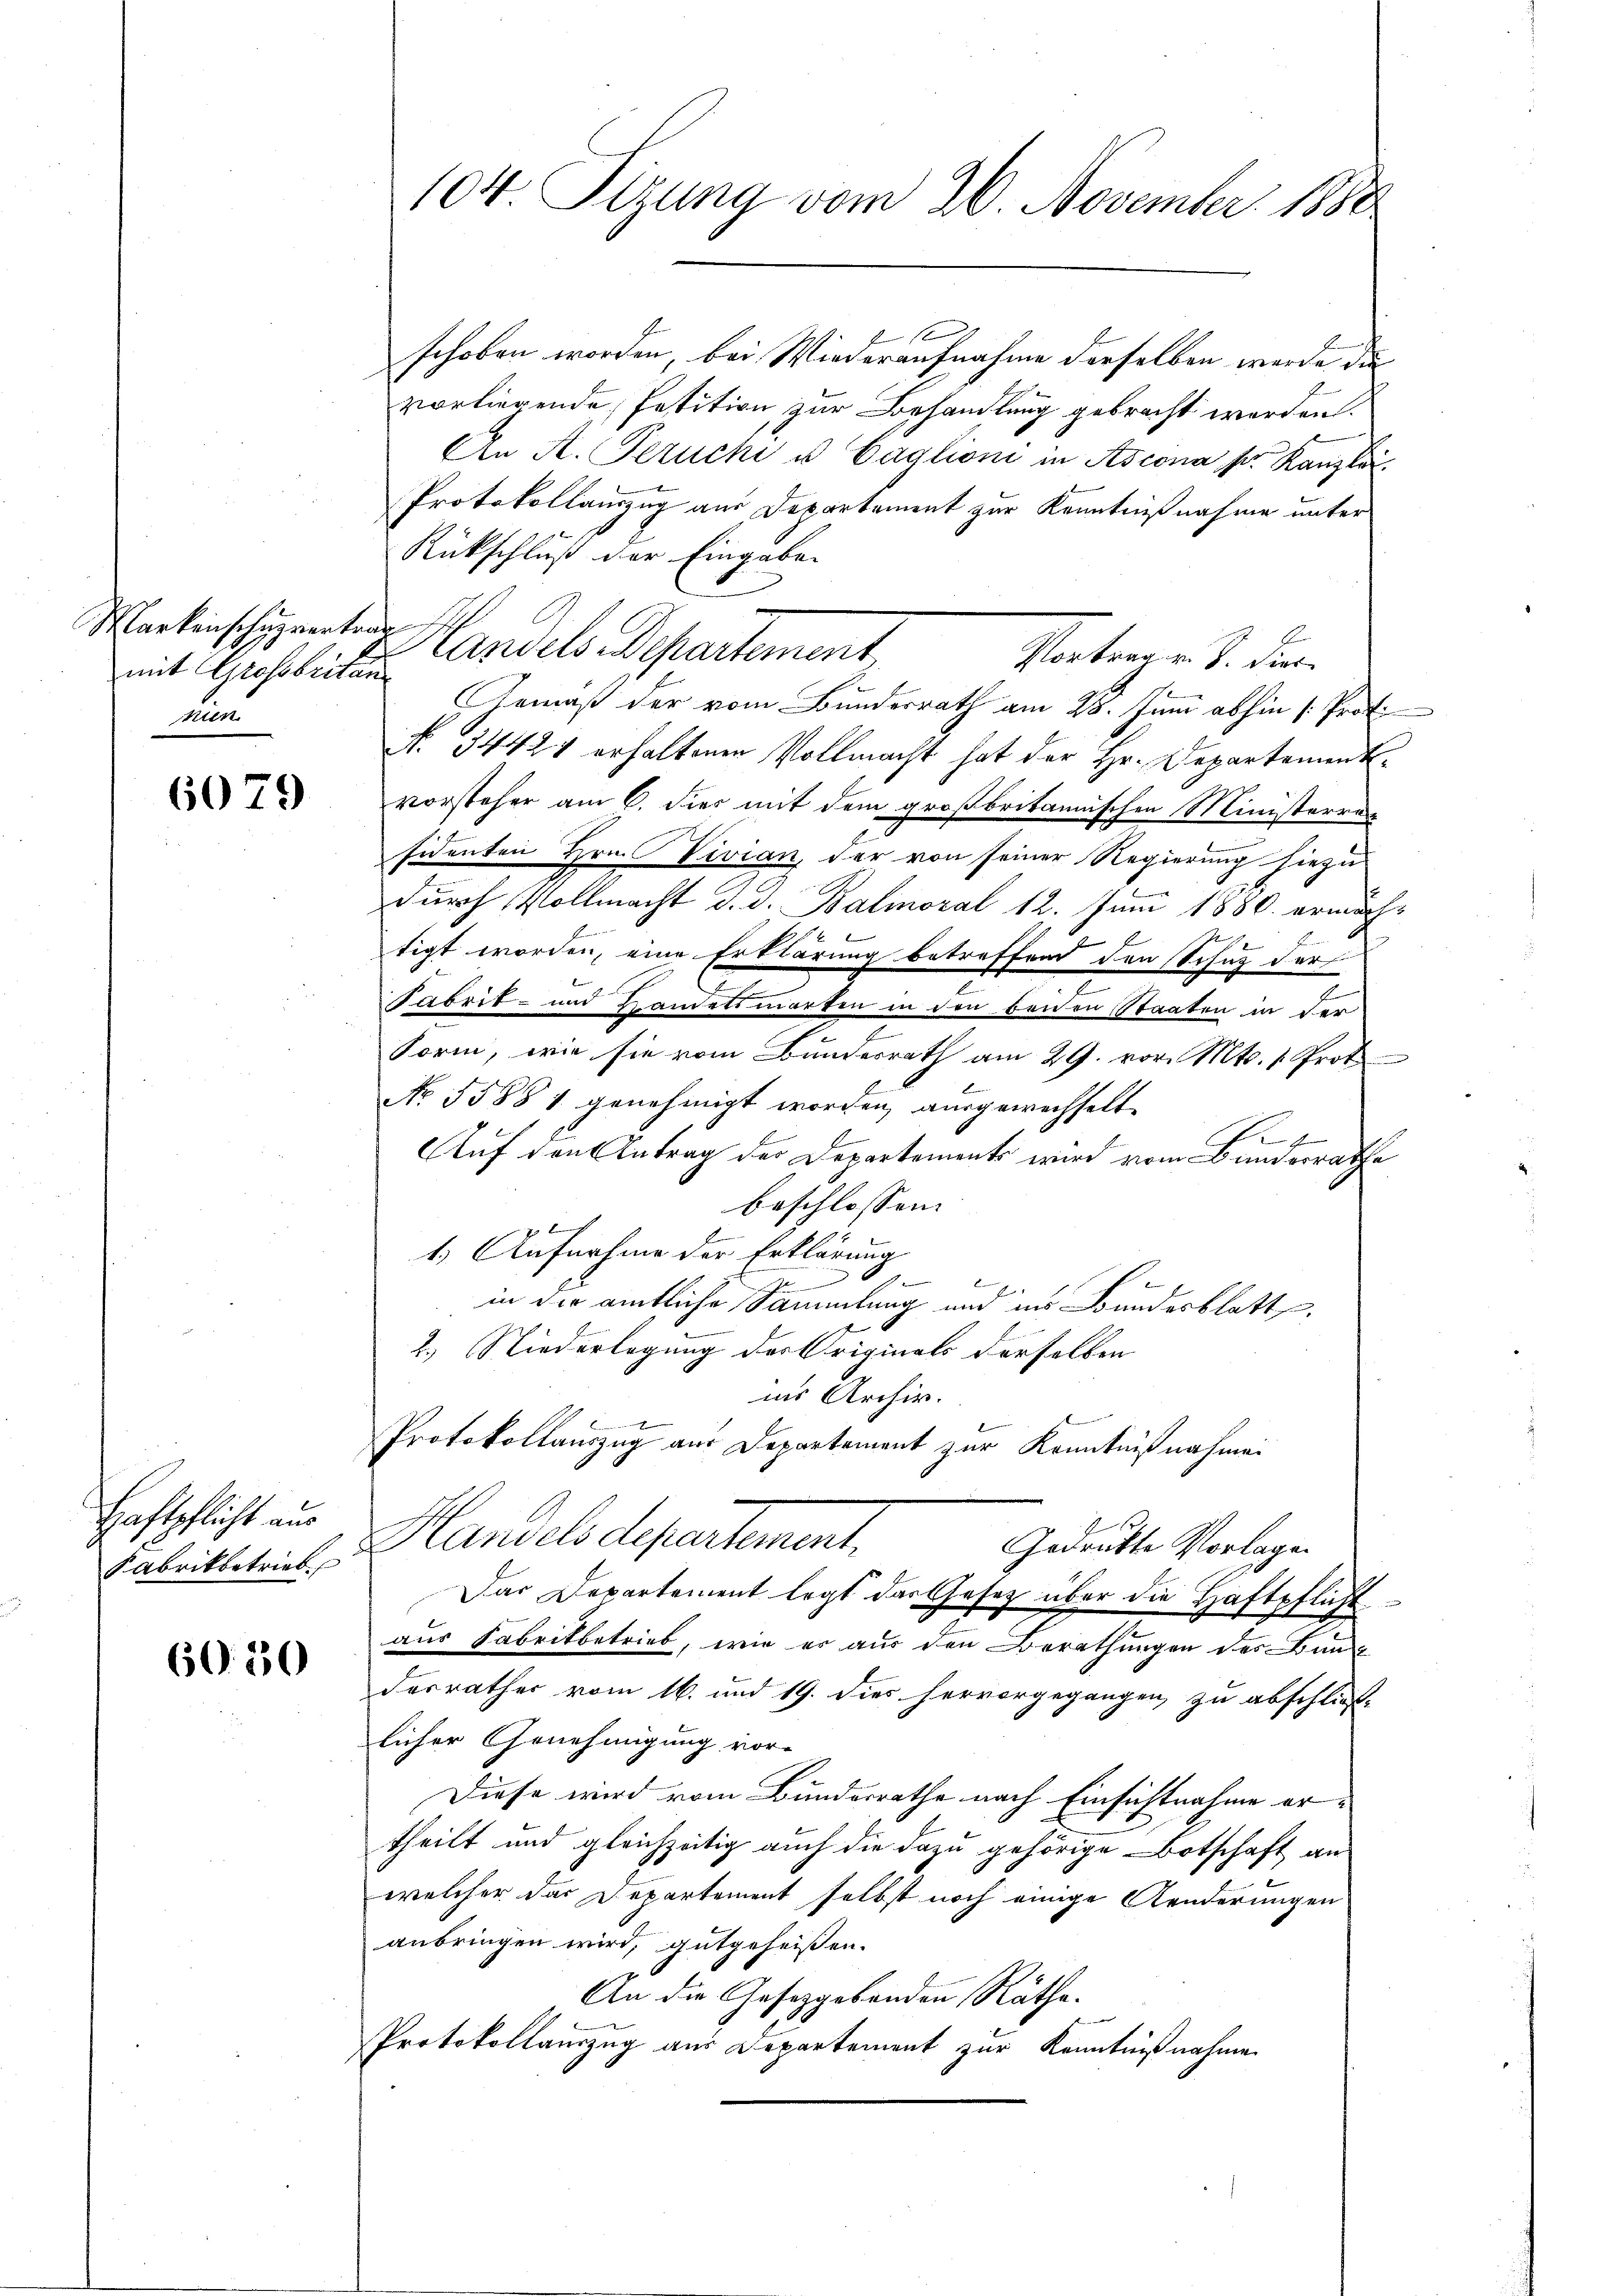
Markenschuzvertrag
mit Grossbritan
nen

6079

Haftpflicht aus
Fabrikbetrieb

60. 350

104 Sizung vom 20. November 1880

schoben worden bei Wiederaufnahme derselben werde die
vorliegende Petition zur Behandlung gebracht werden.
An A. Geruche u Caglioni in Ascona ser Kanzlei.
Protokollauszug aus Departement zur Kenntnißnahme unter
Rückschluß der Eingaben
Landels Departement
Gemäß der vom Bundesrath am 28. Juni abhin /: Prof.
No. 34421 erhaltenen Vollmacht hat der Hr. Departement
vorsteher am 6. dies mit dem großbritannischen Ministerren
sidenten Hrn. Vivian, der von seiner Regierung hiezu
durch Vollmacht d. d. Balmoral 12. Juni 1880. ermäch¬
E
tigt worden, eine Erklärung betreffend den Schuz der
Sabrit- und Handelsmarken in den beiden Staaten in der
Form, wie sie vom Bundesrath am 29. vor. Mts. 1. Prot
No 55881 genehmigt worden, ausgewechselt
fe
Auf den Antrag der Departements wird vom Bunderrathe
beschlossen:
1
1.) Aufnahme der Erklärung
d

in der amtliche Sammlung und ins Bundesblatt.
2.) Niederlegung des Originals derselben
ins Archiv.
x
Protokollauszug aus Departement zur Kenntnißnahmen
Handelsdepartement,
Gedrükte Vorlagen
Das Departement legt das Gesetz über die Haftpflicht
aus Fabrikbetrieb, wie er aus den Berathungen des Bun
desrather vom 16. und 19. dies hervorgegangen zu abschlies-
licher Genehmigung vor-
Diese wird vom Bundesrathe nach Einsichtnahme ertheilt und gleichzeitig auch die dazu gehörige Botschaft an
welcher das Departement selbst noch einige Aenderungen
anbringen wird, gutgeheißen.
An die Gesetzgebenden Räthe.
Protokollauszug aus Departement zur Kenntnißnahme

Vortragen d. den